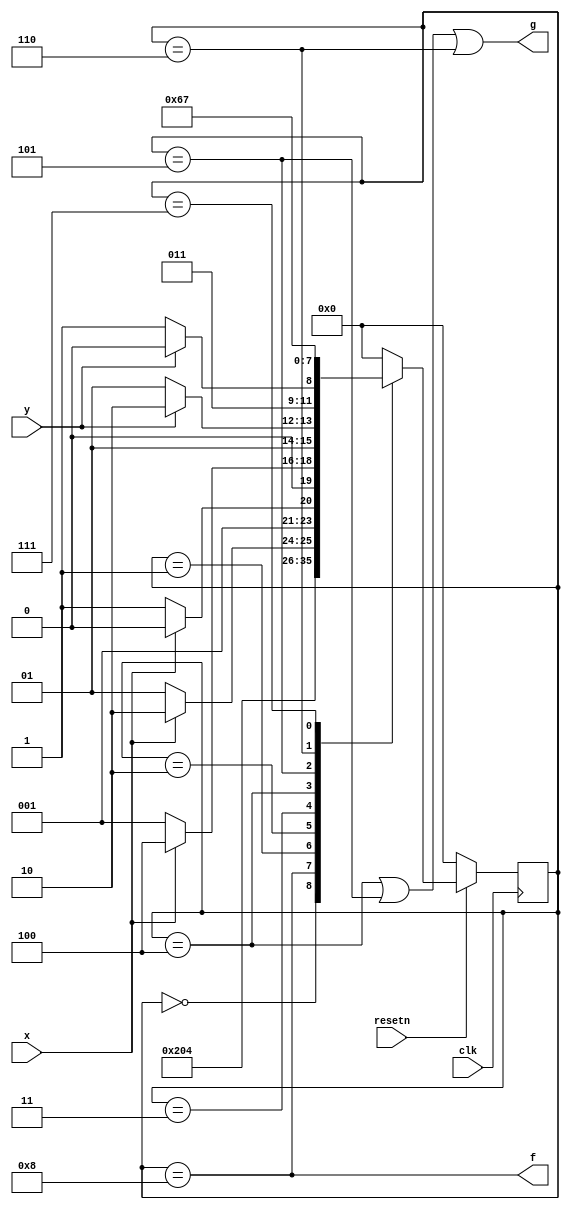
module top_module (
    input clk,
    input resetn,    // active-low synchronous reset
    input x,
    input y,
    output f,
    output g
); 
    parameter IDLE = 4'd0 , S1  = 4'd1 , S2 = 4'd2 , S3 = 4'd3 , S4 = 4'd4;
        parameter S5 = 4'd5,G_HIGH = 4'd6,G_LOW = 4'd7,F_HIGH = 4'd8;
    reg [3:0] state,next_state;

    always @(posedge clk) begin
        if(!resetn)     state <= IDLE;
        else            state <= next_state;
    end

    always @(*) begin
        case(state)
            IDLE:       next_state = F_HIGH;
            F_HIGH:     next_state = S1;
            S1:         next_state = x?S2:S1;
            S2:         next_state = x?S2:S3;
            S3:         next_state = x?S4:S1;
            S4:         next_state = y?G_HIGH:S5;
            S5:         next_state = y?G_HIGH:G_LOW;
            G_HIGH:     next_state = G_HIGH;
            G_LOW:      next_state = G_LOW;
            default:    next_state = IDLE;
        endcase
    end

    assign f = (state == F_HIGH);
    assign g = (state == S4 || state == S5 || state == G_HIGH);
endmodule